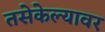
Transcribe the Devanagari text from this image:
तसेकेल्यावर